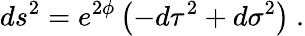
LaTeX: ds^{2}=e^{2\phi}\left(-d\tau^{2}+d\sigma^{2}\right)\ .